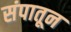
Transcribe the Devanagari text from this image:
संपातून